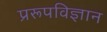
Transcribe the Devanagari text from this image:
प्ररूपविज्ञान